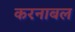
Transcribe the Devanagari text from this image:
करनाबल